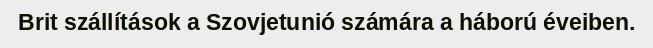
Brit szállítások a Szovjetunió számára a háború éveiben.